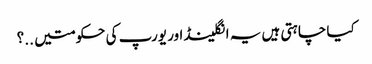
کیا چاہتی ہیں یہ انگلینڈ اور یورپ کی حکومتیں ..؟